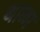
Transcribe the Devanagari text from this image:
थाळा